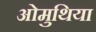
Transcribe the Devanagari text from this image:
ओमुथिया